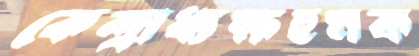
কেন্দ্রাধ্যক্ষহুমক